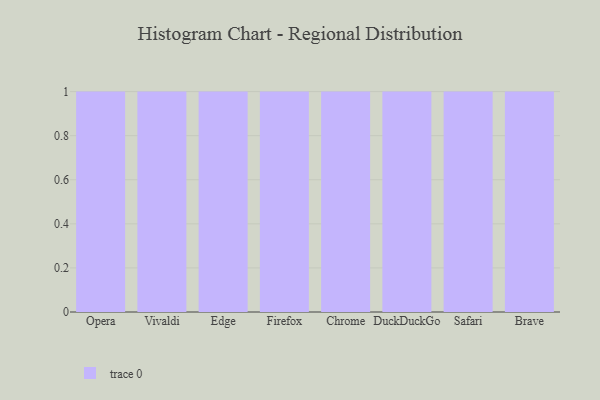
{"axis": {"x": "Browser", "y": "Production Output"}, "legend": [""], "data": [{"x": "Opera", "y": 41, "type": ""}, {"x": "Vivaldi", "y": 58, "type": ""}, {"x": "Edge", "y": 14, "type": ""}, {"x": "Firefox", "y": 49, "type": ""}, {"x": "Chrome", "y": 65, "type": ""}, {"x": "DuckDuckGo", "y": 34, "type": ""}, {"x": "Safari", "y": 70, "type": ""}, {"x": "Brave", "y": 5, "type": ""}]}